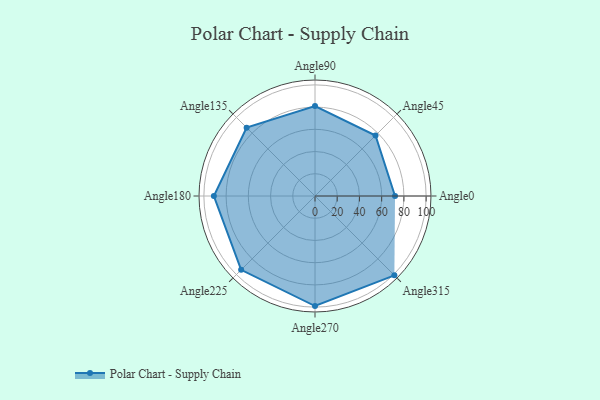
{"axis": {"x": "Angle", "y": "Radius"}, "legend": [""], "data": [{"x": "Angle0", "y": 72.0, "type": ""}, {"x": "Angle45", "y": 77.0, "type": ""}, {"x": "Angle90", "y": 81.0, "type": ""}, {"x": "Angle135", "y": 87.0, "type": ""}, {"x": "Angle180", "y": 91.0, "type": ""}, {"x": "Angle225", "y": 94.0, "type": ""}, {"x": "Angle270", "y": 99.0, "type": ""}, {"x": "Angle315", "y": 101.0, "type": ""}]}